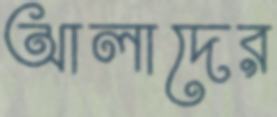
আলাদের